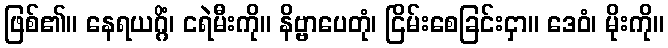
ဖြစ်၏။ နေရယဂ္ဂိံ၊ ငရဲမီးကို။ နိဗ္ဗာပေတုံ၊ ငြိမ်းစေခြင်းငှာ။ ဒေဝံ၊ မိုးကို။